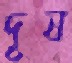
দূষ